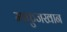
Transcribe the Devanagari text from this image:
माफुजखान